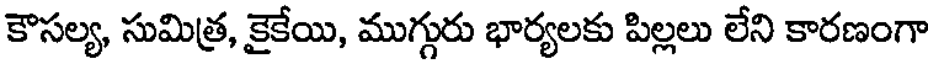
కౌసల్య, సుమిత్ర, కైకేయి, ముగ్గురు భార్యలకు పిల్లలు లేని కారణంగా